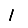
Digit: 1